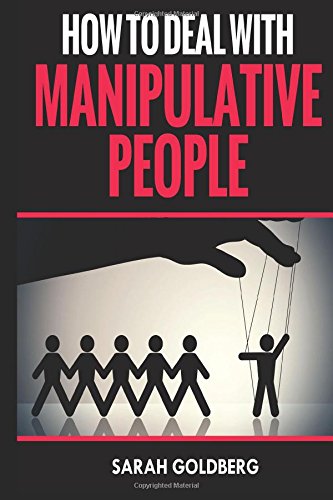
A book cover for How To Deal With Manipulative People; Sarah Goldberg; Teen & Young Adult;